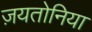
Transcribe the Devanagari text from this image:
ज़यतोनिया